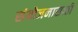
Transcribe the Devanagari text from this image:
संयोजनासाठी